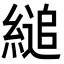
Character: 縋